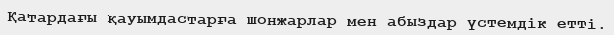
Қатардағы қауымдастарға шонжарлар мен абыздар үстемдік етті.